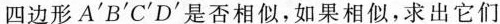
四边形$$A^{\prime}B^{\prime}C^{\prime}D^{\prime}$$是否相似，如果相似，求出它们